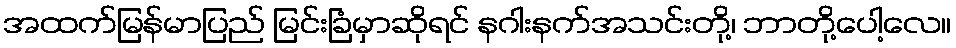
အထက်မြန်မာပြည် မြင်းခြံမှာဆိုရင် နဂါးနက်အသင်းတို့၊ ဘာတို့ပေါ့လေ။